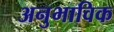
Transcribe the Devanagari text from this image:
अनुभाविक